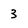
Character: 3